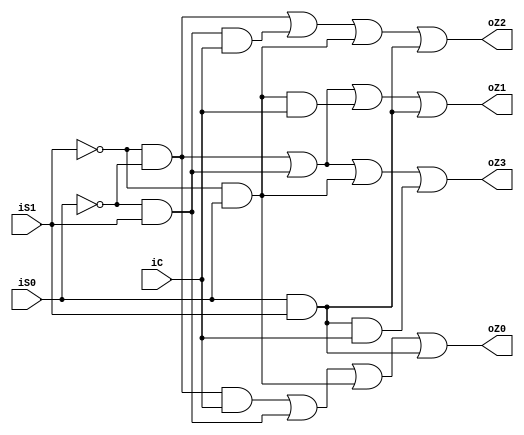
`timescale 1ns / 1ns
//////////////////////////////////////////////////////////////////////////////////
// Company: 
// Engineer: 
// 
// Design Name: 
// Module Name: de_selector14
// Project Name: 
// Target Devices: 
// Tool Versions: 
// Description: 
// 
// Dependencies: 
// 
// Revision:
// Revision 0.01 - File Created
// Additional Comments:
// 
//////////////////////////////////////////////////////////////////////////////////


module de_selector14(
    input iC,
    input iS0,
    input iS1,
    output oZ0,
    output oZ1,
    output oZ2,
    output oZ3
    );
    assign oZ0=(~iS1)&(~iS0)&iC|(~iS0)&iS1|(~iS1)&iS0|iS0&iS1;
    assign oZ1=(~iS1)&(~iS0)|(~iS0)&iS1|(~iS1)&iS0&iC|iS0&iS1;
    assign oZ2=(~iS1)&(~iS0)|(~iS0)&iS1&iC|(~iS1)&iS0|iS0&iS1;
    assign oZ3=(~iS1)&(~iS0)|(~iS0)&iS1|(~iS1)&iS0|iS0&iS1&iC;
endmodule